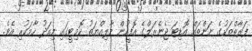
ފަރާތްތަކުގެ ނަންތައް އޮޑިޓަ ޖެނެރަލްގެ އޮފީހުން މާލިއްޔަތު ކޮމިޓީގައި މިއަދު ހާމަކުރި އެވެ.